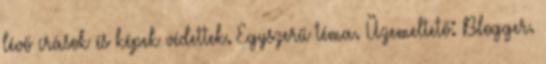
lévő írások és képek védettek. Egyszerű téma. Üzemeltető: Blogger.